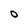
Character: O